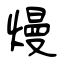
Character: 熳